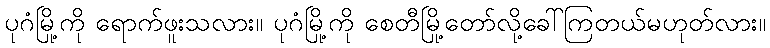
ပုဂံမြို့ကို ရောက်ဖူးသလား။ ပုဂံမြို့ကို စေတီမြို့တော်လို့ခေါ်ကြတယ်မဟုတ်လား။